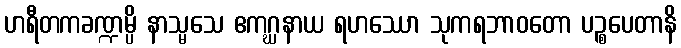
ဟရီတကခဏ္ဍမ္ပိ နာသ္မသေ ဧကဂ္ဃနာယ ရဟဿော သုကရဘာဝတော ပဉ္စပေတာနိ